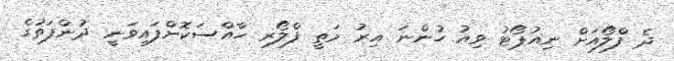
ދެ ފްލޯއަށް ނިއުޕޯޓު ވިއު ހުންނަ އިރު މަތީ ފްލޯރ ހާއްސަކޮށްފައިވަނީ ދުންފަތުގެ